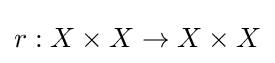
r:X\times X\rightarrow X\times X